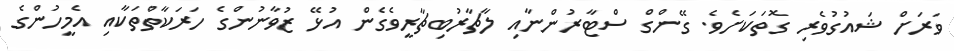
ވަރަށް ޝައުގުވެރި ގޮތަކަށެވެ. ގޭންގް ސްޓާރުންނާއި ލާޗާރުބިޗާރީވެގެން އުޅޭ ޒުވާނުންގެ ހަރަކާތްތަކާއި އެމީހުންގެ